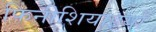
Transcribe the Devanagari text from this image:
फिनीशियाइयों